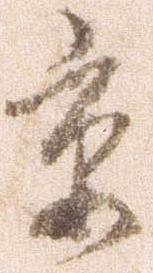
京